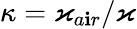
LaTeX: \kappa=\varkappa_{a\mathbf{i}r}/\varkappa